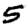
Digit: 5